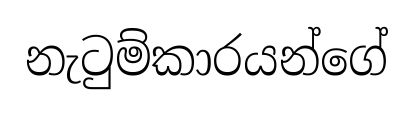
නැටුම්කාරයන්ගේ